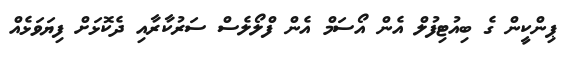
ޕިންކީން ގެ ބިއުޓިފުލް އެން އޯސަމް އެން ފްލޯލެސް ސަރުކާރާއި ދެކޮޅަށް ފިޔަވަޅެއް